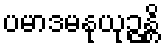
ပမာဒမနုယုဉ္ဇန္တိ